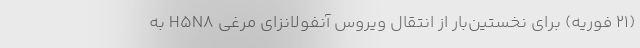
(۲۱ فوریه) برای نخستین‌بار از انتقال ویروس آنفولانزای مرغی H5N8 به